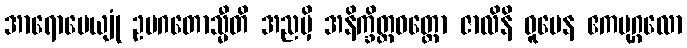
အာရောပေယျုံ ဥပဂတောသ္မီတိ အညမှိ အနိက္ခိတ္တဝတ္တော ဇာလိနိ ဓူမေန ဧကပုဂ္ဂလော